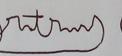
Signature authenticity: forged